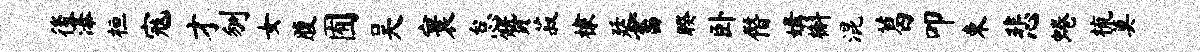
後瀑桓寇才刎女腹囿吴寰怠赞菽棣廷畜睽卧僭媾槲混葛叩束悲蜷梳莫